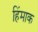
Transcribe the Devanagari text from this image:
हिंमाक